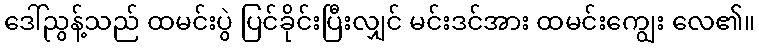
ဒေါ်ညွန့်သည် ထမင်းပွဲ ပြင်ခိုင်းပြီးလျှင် မင်းဒင်အား ထမင်းကျွေး လေ၏။